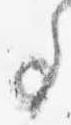
事